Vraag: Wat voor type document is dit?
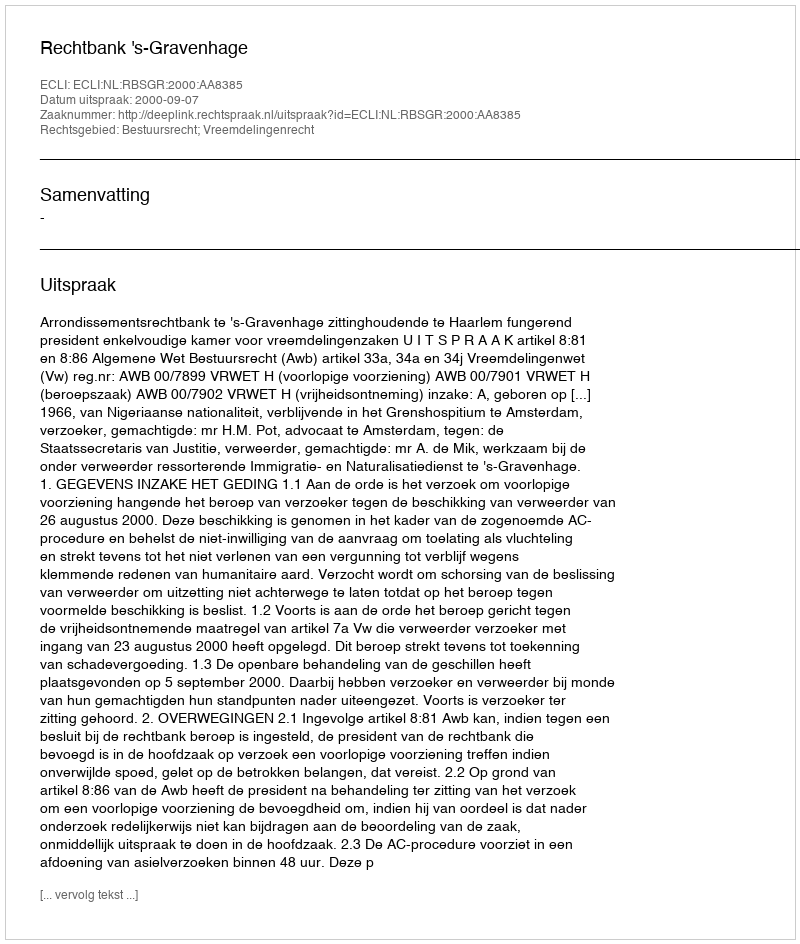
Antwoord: Uitspraak